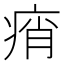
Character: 痟